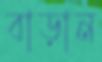
বাড়ান